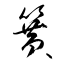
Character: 簧